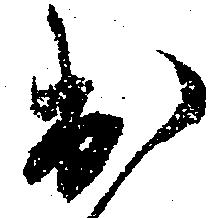
出